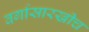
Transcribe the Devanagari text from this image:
वर्गासारखीच